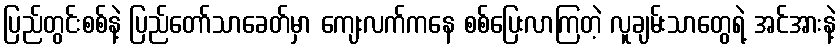
ပြည်တွင်းစစ်နဲ့ ပြည်တော်သာခေတ်မှာ ကျေးလက်ကနေ စစ်ပြေးလာကြတဲ့ လူချမ်းသာတွေရဲ့ အင်အားနဲ့